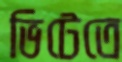
ভিটেতে